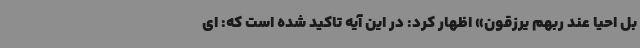
بل احیا عند ربهم یرزقون» اظهار کرد: در این آیه تاکید شده است که: ای